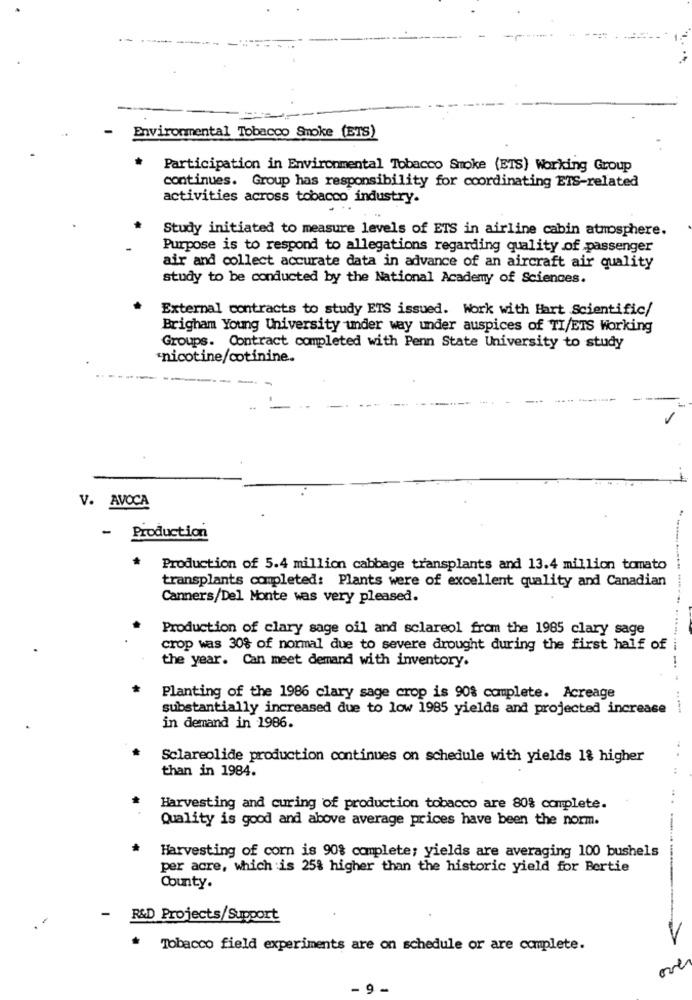
Environmental Tobacco Smoke (ETS)
Participation in Environmental Tobacco Smoke (ETS) Working Group
continues. Group has responsibility for coordinating ETS-related
activities across tobacco industry.
Study initiated to measure levels of ETS in airline cabin atmosphere.
Purpose is to respond to allegations regarding quality of passenger
air and collect accurate data in advance of an aircraft air quality
study to be conducted by the National Academy of Sciences.
External contracts to study ETS issued. Work with Hart Scientific/
Brigham Young University under way under auspices of TI/ETS Working
Groups. Contract completed with Penn State University to study
nicotine/cotinine.
-- -
V. AVOCA
- Production
Production of 5.4 million cabbage transplants and 13.4 million tomato
transplants completed: Plants were of excellent quality and Canadian
Canners/Del Monte was very pleased.
Production of clary sage oil and sclareol from the 1985 clary sage
crop was 30% of normal due to severe drought during the first half of
the year. Can meet demand with inventory.
Planting of the 1986 clary sage crop is 90% complete. Acreage
substantially increased due to low 1985 yields and projected increase
in demand in 1986.
Sclareolide production continues on schedule with yields 1% higher
...
than in 1984.
Harvesting and curing of production tobacco are 80% complete.
Quality is good and above average prices have been the norm.
Harvesting of corn is 90% complete; yields are averaging 100 bushels
per acre, which is 25% higher than the historic yield for Bertie
--------
County.
R&D Projects/Support
Tobacco field experiments are on schedule or are complete.
over
- 9 -